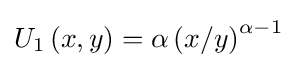
U_{1}\left(x,y\right)=\alpha \left(x/y\right)^{\alpha -1}